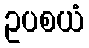
ဥပစယံ